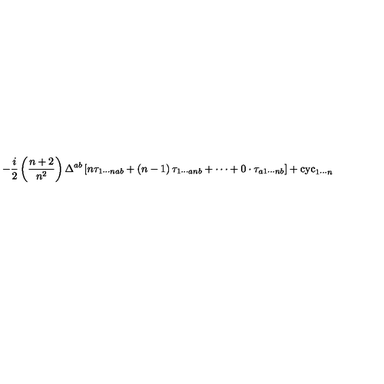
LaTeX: - \frac { i } { 2 } \left( \frac { n + 2 } { n ^ { 2 } } \right) \Delta ^ { a b } \left[ n \tau _ { 1 \cdots n a b } + \left( n - 1 \right) \tau _ { 1 \cdots a n b } + \cdots + 0 \cdot \tau _ { a 1 \cdots n b } \right] + \mathrm { c y c } _ { 1 \cdots n }